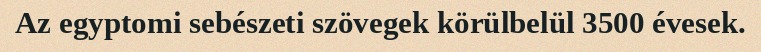
Az egyptomi sebészeti szövegek körülbelül 3500 évesek.